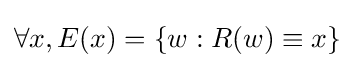
\forall x,E(x)=\{w:R(w)\equiv x\}